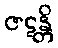
ဇဋန္တိ